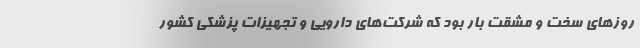
روزهای سخت و مشقت بار بود که شرکت‌های دارویی و تجهیزات پزشکی کشور